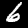
Digit: 6